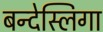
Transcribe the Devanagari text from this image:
बन्देस्लिगा